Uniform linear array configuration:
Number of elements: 8
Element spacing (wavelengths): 0.25
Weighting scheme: blackman
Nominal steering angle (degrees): -60
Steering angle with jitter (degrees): -59.814
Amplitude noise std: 0.05
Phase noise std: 0.05

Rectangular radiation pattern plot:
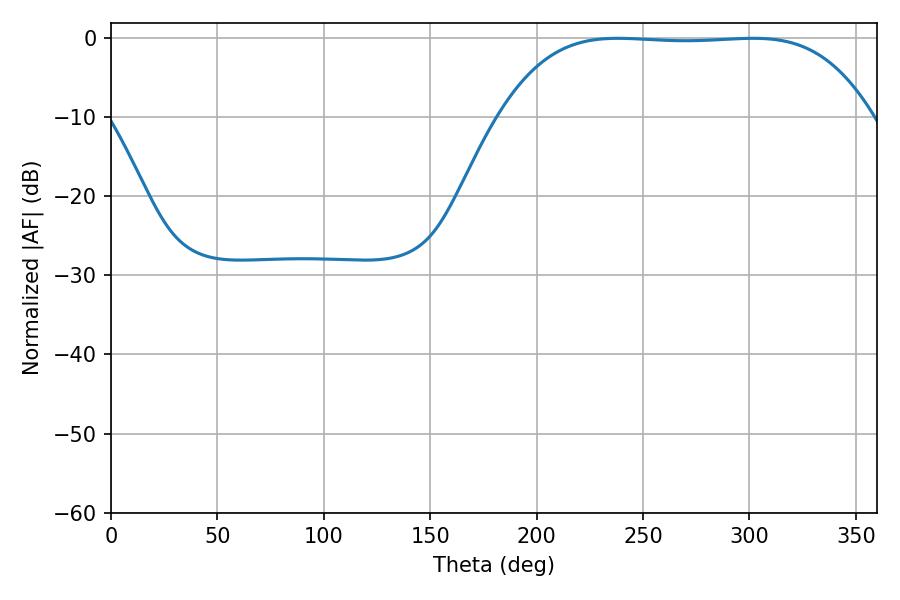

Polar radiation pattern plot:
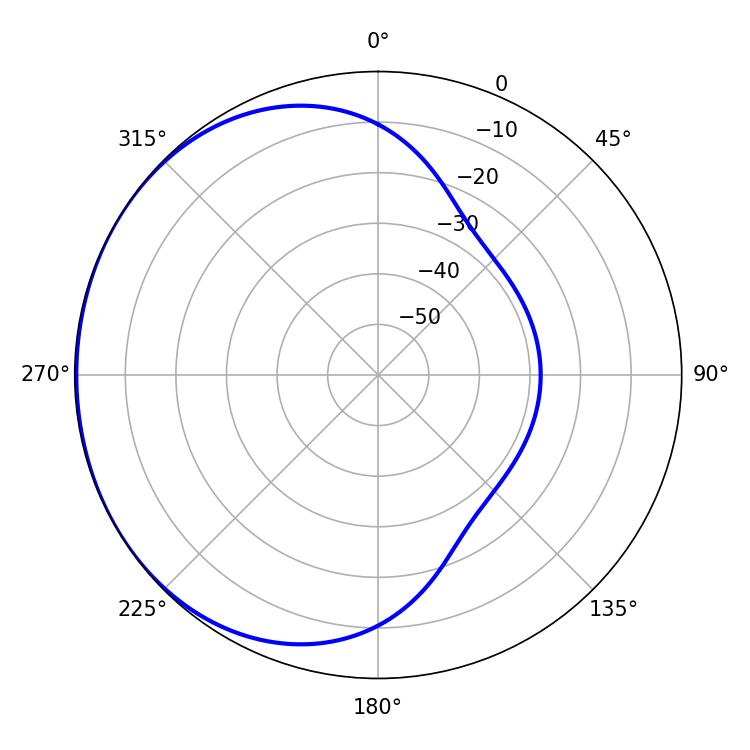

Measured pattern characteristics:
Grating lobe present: FALSE
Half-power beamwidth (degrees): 134.64
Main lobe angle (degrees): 238.14